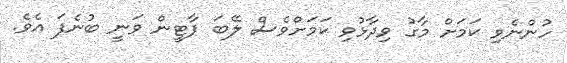
ހުންނެވި ކަމަށް މާގު ވިދާޅުވި ކަމަށްވެސް ލޭބަ ޕާޓީން ވަނީ ބުނެފަ އެވެ.